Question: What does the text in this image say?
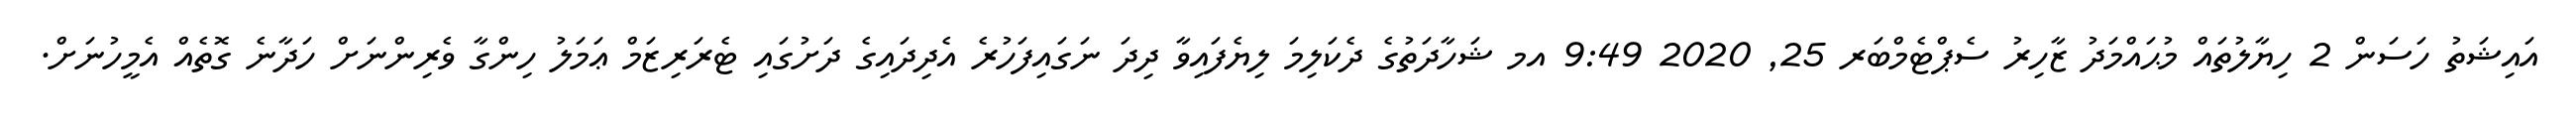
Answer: އައިޝަތު ހަސަން 2 ހިޔާލުތައް މުޙައްމަދު ޒާހިރު ސެޕްޓެމްބަރ 25, 2020 9:49 އމ ޝަހާދަތުގެ ދެކަލިމަ ލިޔެފައިވާ ދިދަ ނަގައިފަހުރެ އެދިދައިގެ ދަށުގައި ޓެރަރިޒަމް ޢަމަލު ހިންގާ ވެރިންނަށް ހަދާނެ ގޮތެއް އެމީހުނަށް.